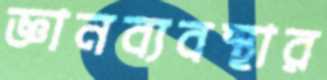
জ্ঞানব্যবস্থার